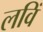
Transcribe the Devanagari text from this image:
लविं